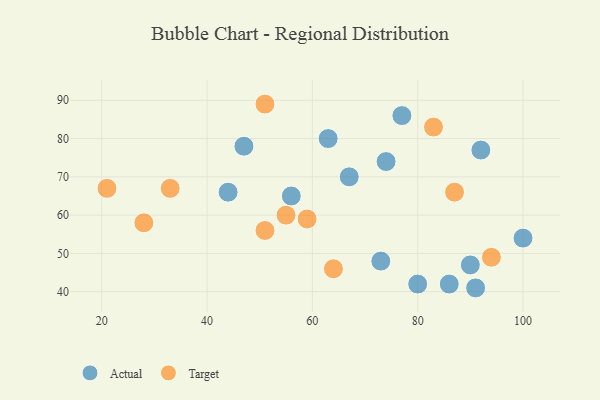
{"axis": {"x": "GDP", "y": "Life Expectancy"}, "legend": ["Actual", "Target"], "data": [{"x": "86", "y": 42, "type": "Actual"}, {"x": "56", "y": 65, "type": "Actual"}, {"x": "90", "y": 47, "type": "Actual"}, {"x": "92", "y": 77, "type": "Actual"}, {"x": "67", "y": 70, "type": "Actual"}, {"x": "100", "y": 54, "type": "Actual"}, {"x": "73", "y": 48, "type": "Actual"}, {"x": "63", "y": 80, "type": "Actual"}, {"x": "44", "y": 66, "type": "Actual"}, {"x": "80", "y": 42, "type": "Actual"}, {"x": "47", "y": 78, "type": "Actual"}, {"x": "77", "y": 86, "type": "Actual"}, {"x": "91", "y": 41, "type": "Actual"}, {"x": "74", "y": 74, "type": "Actual"}, {"x": "64", "y": 46, "type": "Target"}, {"x": "87", "y": 66, "type": "Target"}, {"x": "59", "y": 59, "type": "Target"}, {"x": "94", "y": 49, "type": "Target"}, {"x": "51", "y": 56, "type": "Target"}, {"x": "21", "y": 67, "type": "Target"}, {"x": "33", "y": 67, "type": "Target"}, {"x": "83", "y": 83, "type": "Target"}, {"x": "51", "y": 89, "type": "Target"}, {"x": "55", "y": 60, "type": "Target"}, {"x": "28", "y": 58, "type": "Target"}]}